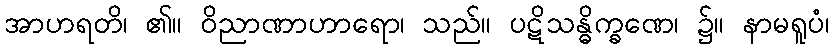
အာဟရတိ၊ ၏။ ဝိညာဏာဟာရော၊ သည်။ ပဋိသန္ဓိက္ခဏေ၊ ၌။ နာမရူပံ၊